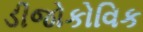
ડીજોકોવિક